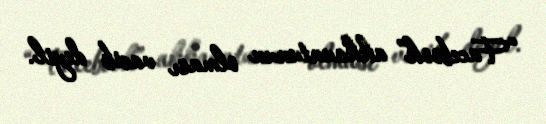
“Facebook” akkauntunun olması vacib deyil.